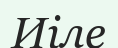
Иіле